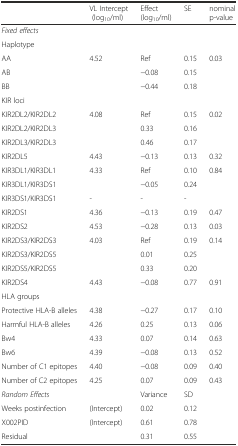
<table><thead><tr><td></td><td><b>VL Intercept (log<sub>10</sub>/ml)</b></td><td><b>Effect (log<sub>10</sub>/ml)</b></td><td><b>SE</b></td><td><b>nominal p-value</b></td></tr></thead><tbody><tr><td><i>Fixed effects</i></td><td></td><td></td><td></td><td></td></tr><tr><td>Haplotype</td><td></td><td></td><td></td><td></td></tr><tr><td>AA</td><td>4.52</td><td>Ref</td><td>0.15</td><td>0.03</td></tr><tr><td>AB</td><td></td><td>−0.08</td><td>0.15</td><td></td></tr><tr><td>BB</td><td></td><td>−0.44</td><td>0.18</td><td></td></tr><tr><td>KIR loci</td><td></td><td></td><td></td><td></td></tr><tr><td>KIR2DL2/KIR2DL2</td><td>4.08</td><td>Ref</td><td>0.15</td><td>0.02</td></tr><tr><td>KIR2DL2/KIR2DL3</td><td></td><td>0.33</td><td>0.16</td><td></td></tr><tr><td>KIR2DL3/KIR2DL3</td><td></td><td>0.46</td><td>0.17</td><td></td></tr><tr><td>KIR2DL5</td><td>4.43</td><td>−0.13</td><td>0.13</td><td>0.32</td></tr><tr><td>KIR3DL1/KIR3DL1</td><td>4.33</td><td>Ref</td><td>0.10</td><td>0.84</td></tr><tr><td>KIR3DL1/KIR3DS1</td><td></td><td>−0.05</td><td>0.24</td><td></td></tr><tr><td>KIR3DS1/KIR3DS1</td><td>-</td><td>-</td><td>-</td><td></td></tr><tr><td>KIR2DS1</td><td>4.36</td><td>−0.13</td><td>0.19</td><td>0.47</td></tr><tr><td>KIR2DS2</td><td>4.53</td><td>−0.28</td><td>0.13</td><td>0.03</td></tr><tr><td>KIR2DS3/KIR2DS3</td><td>4.03</td><td>Ref</td><td>0.19</td><td>0.14</td></tr><tr><td>KIR2DS3/KIR2DS5</td><td></td><td>0.01</td><td>0.25</td><td></td></tr><tr><td>KIR2DS5/KIR2DS5</td><td></td><td>0.33</td><td>0.20</td><td></td></tr><tr><td>KIR2DS4</td><td>4.43</td><td>−0.08</td><td>0.77</td><td>0.91</td></tr><tr><td>HLA groups</td><td></td><td></td><td></td><td></td></tr><tr><td>Protective HLA-B alleles</td><td>4.38</td><td>−0.27</td><td>0.17</td><td>0.10</td></tr><tr><td>Harmful HLA-B alleles</td><td>4.26</td><td>0.25</td><td>0.13</td><td>0.06</td></tr><tr><td>Bw4</td><td>4.33</td><td>0.07</td><td>0.14</td><td>0.63</td></tr><tr><td>Bw6</td><td>4.39</td><td>−0.08</td><td>0.13</td><td>0.52</td></tr><tr><td>Number of C1 epitopes</td><td>4.40</td><td>−0.08</td><td>0.09</td><td>0.40</td></tr><tr><td>Number of C2 epitopes</td><td>4.25</td><td>0.07</td><td>0.09</td><td>0.43</td></tr><tr><td><i>Random Effects</i></td><td></td><td>Variance</td><td>SD</td><td></td></tr><tr><td>Weeks postinfection</td><td>(Intercept)</td><td>0.02</td><td>0.12</td><td></td></tr><tr><td>X002PID</td><td>(Intercept)</td><td>0.61</td><td>0.78</td><td></td></tr><tr><td>Residual</td><td></td><td>0.31</td><td>0.55</td><td></td></tr></tbody></table>